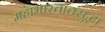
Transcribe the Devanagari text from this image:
महाभारतातसुद्धा